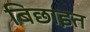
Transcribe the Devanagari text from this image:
बिछाइत